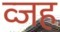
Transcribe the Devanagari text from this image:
व्जह